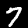
Label: 7